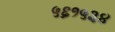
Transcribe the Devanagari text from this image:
५६१५३४